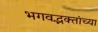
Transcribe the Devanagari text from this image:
भगवद्भक्तांच्या